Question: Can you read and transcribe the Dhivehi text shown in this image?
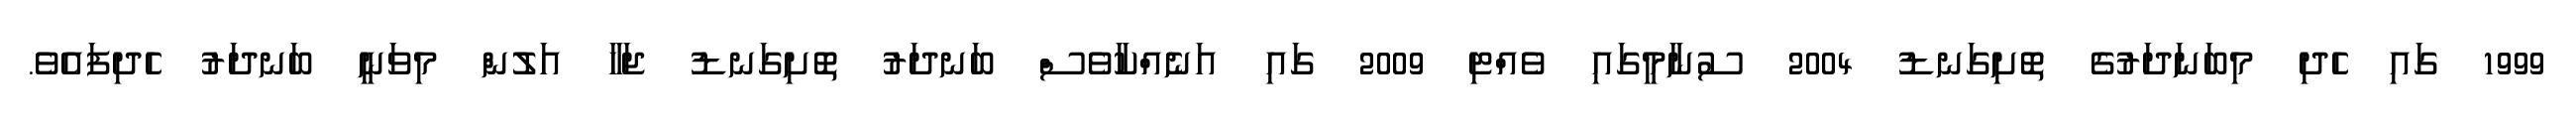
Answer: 1999 ގައި ހެދި މިބަނަދަރުގެ ތޮށިގަނޑު 2004 ސުނާމީގައި ވެއްޓި 2009 ގައި އަނެއްކާވެސް ބަނދަރު ތޮށިގަނޑު ޖަހާ އަލުން މިވަނީ ބަނދަރު ހެދިފައެވެ.